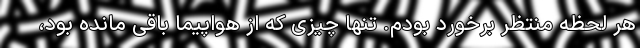
هر لحظه منتظر برخورد بودم. تنها چیزی که از هواپیما باقی مانده بود،